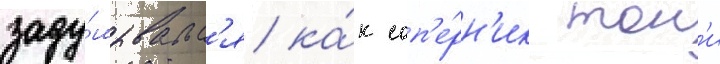
заду́мывалс'я ка́к соп'е́рн'ик тон'и